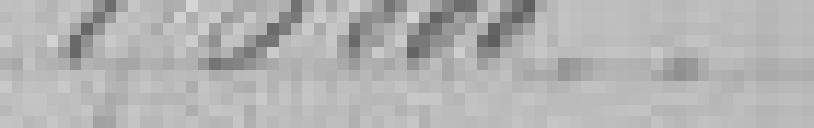
150.000